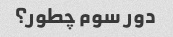
دور سوم چطور؟